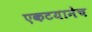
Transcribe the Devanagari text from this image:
एकटयानेच